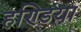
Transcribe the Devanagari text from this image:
हण्डिया